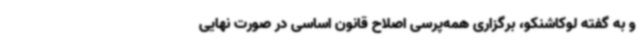
و به گفته لوکاشنکو، برگزاری همه‌پرسی اصلاح قانون اساسی در صورت نهایی